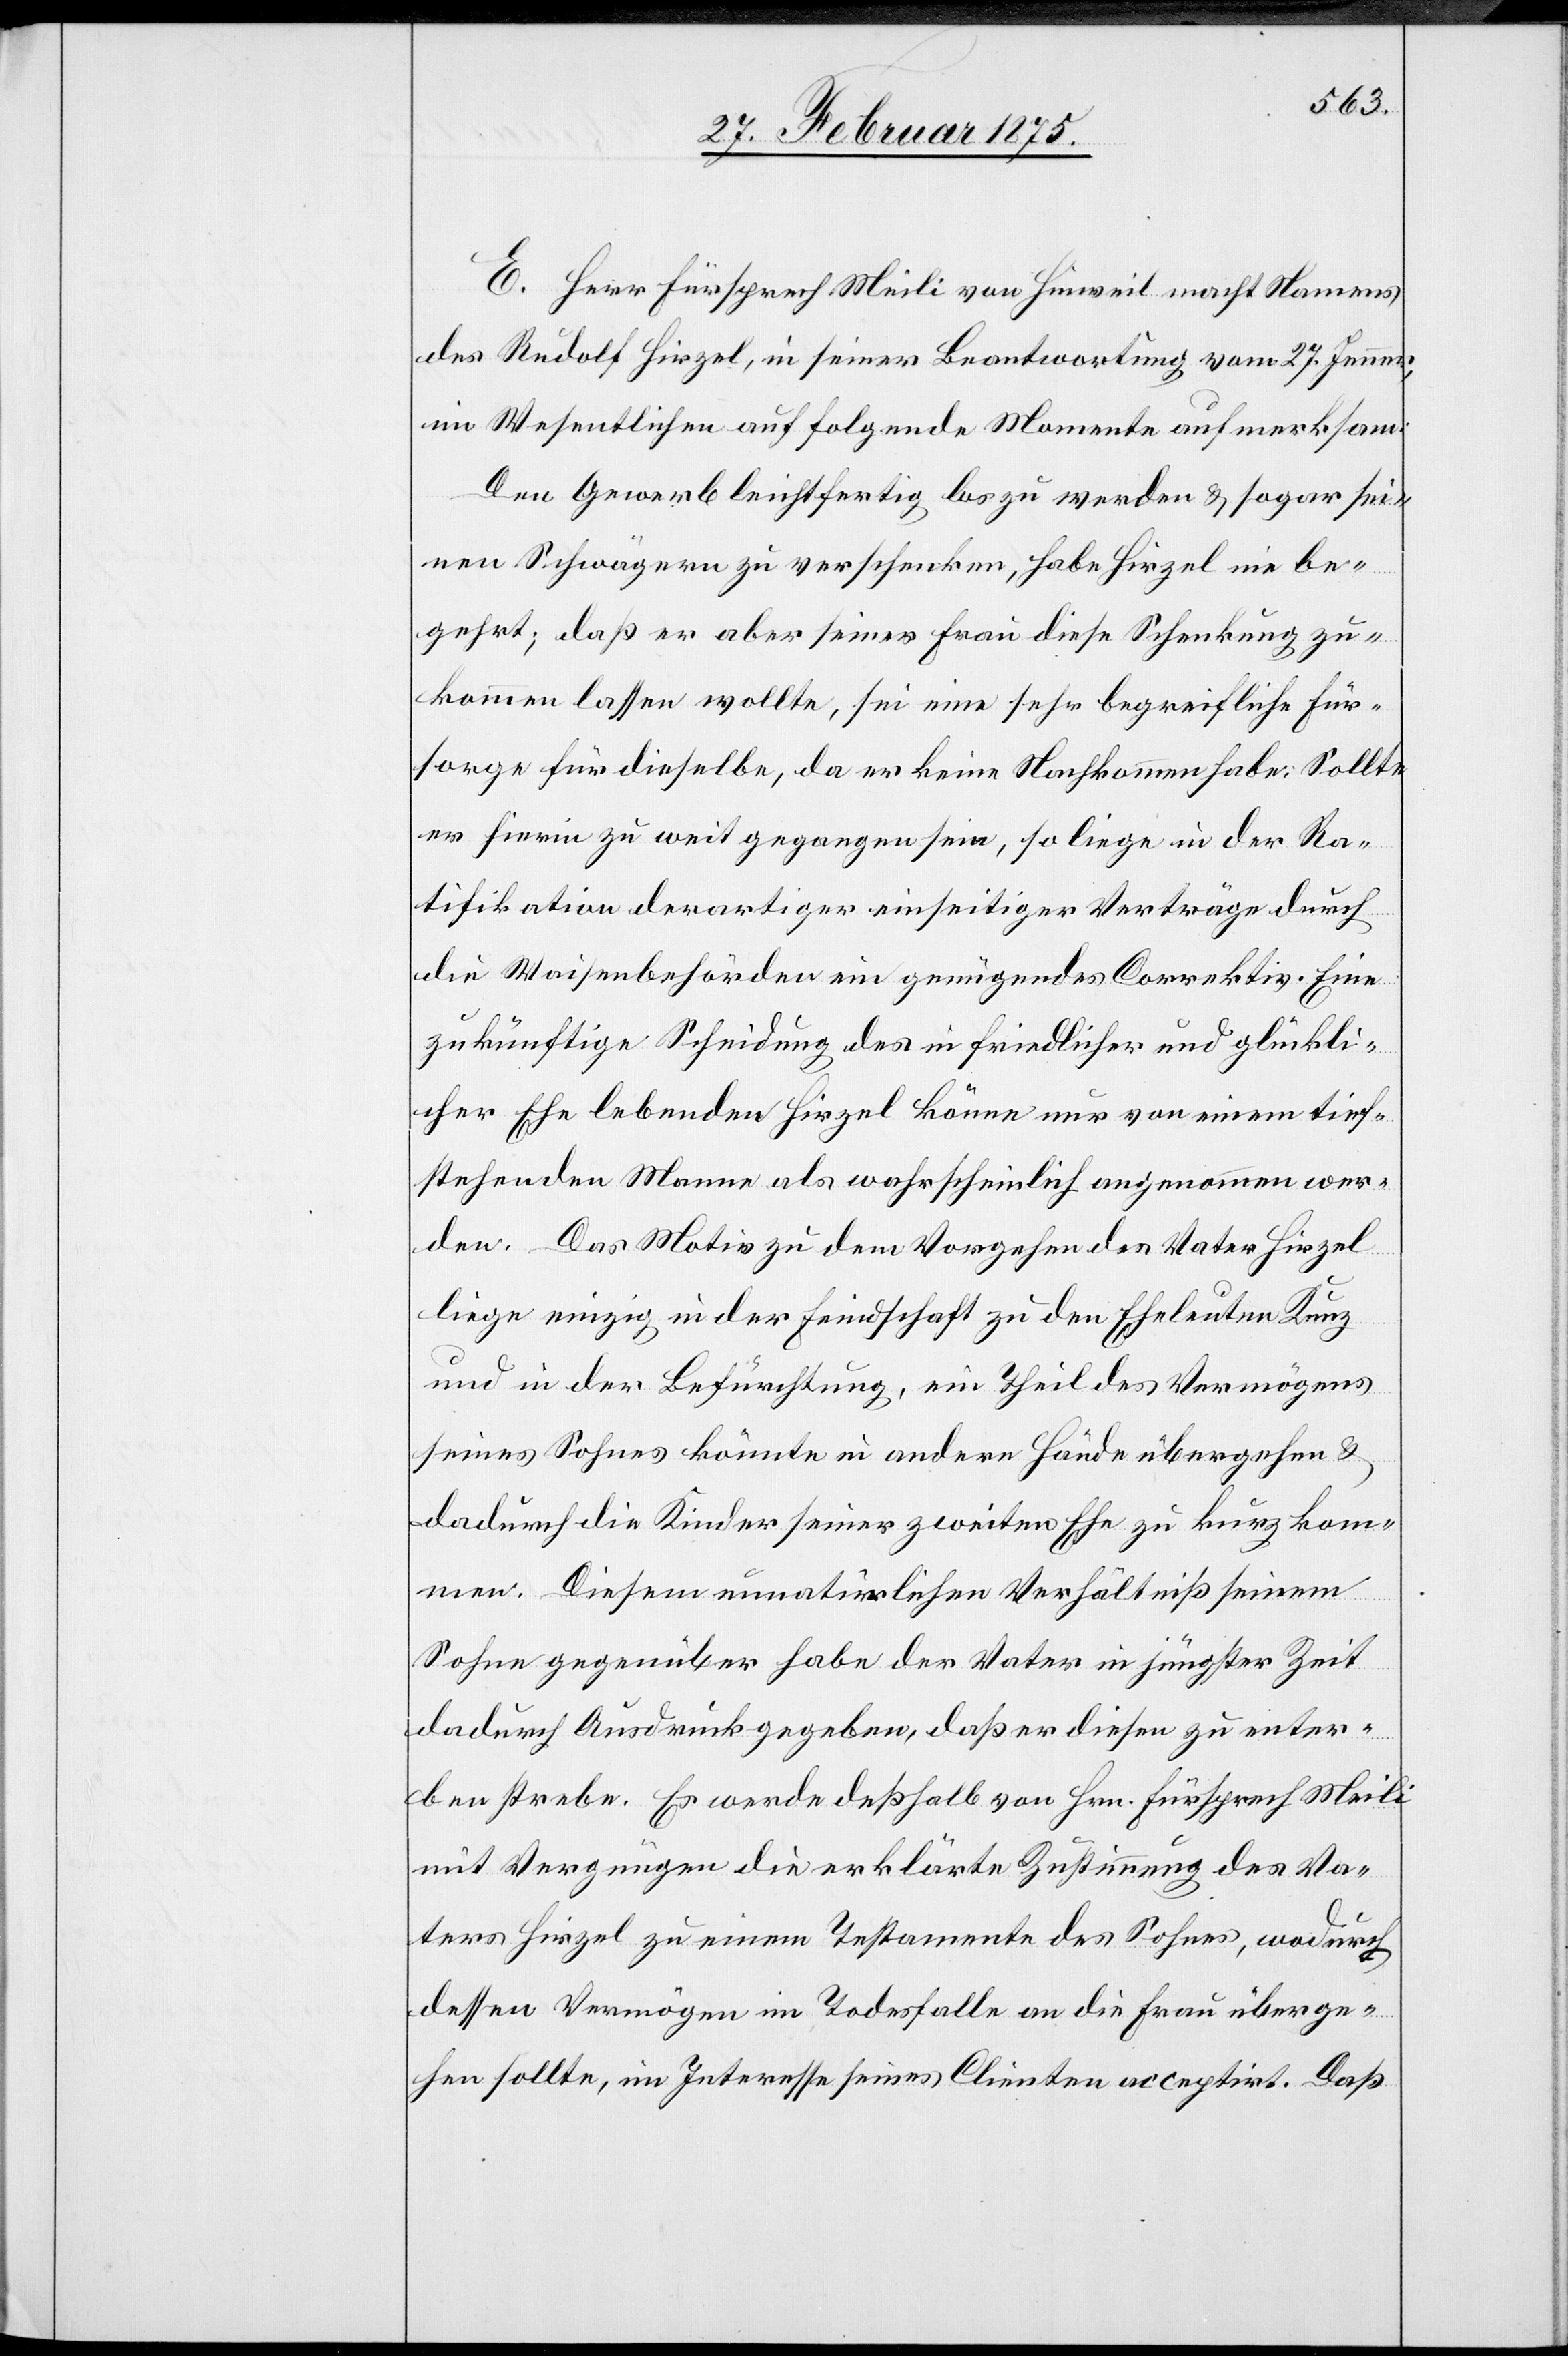
E. Herr Fürsprech Meili von Hinweil macht Namens
des Rudolf Hirzel, in seiner Beantwortung vom 27. Jenner,
im Wesentlichen auf folgende Momente aufmerksam:
Den Gewerb leichtfertig los zu werden u. sogar sei¬
nen Schwägern zu verschenken, habe Hirzel nie be¬
gehrt; daß er aber seiner Frau diese Schenkung zu¬
kommen lassen wollte, sei eine sehr begreifliche Für¬
sorge für dieselbe, da er keine Nachkommen habe. Sollte
er hierin zu weit gegangen sein, so liege in der Ra¬
tifikation derartiger einseitiger Verträge durch
die Waisenbehörden ein genügendes Correktiv. Eine
zukünftige Scheidung des in friedlicher und glückli¬
cher Ehe lebenden Hirzel könne nur von einem tief¬
stehenden Manne als wahrscheinlich angenommen wer¬
den. Das Motiv zu dem Vorgehen des Vater Hirzel
liege einzig in der Feindschaft zu den Eheleuten Kunz
und in der Befürchtung ein Theil des Vermögens
seines Sohnes könnte in andere Hände übergehen u.
dadurch die Kinder seiner zweiten Ehe zu kurz kom¬
men. Diesem unnatürlichen Verhältniß seinem
Sohne gegenüber habe der Vater in jüngster Zeit
dadurch Ausdruck gegeben, daß er diesen zu enter¬
ben strebe. Es werde deßhalb von Hrn. Fürsprech Meili
mit Vergnügen die erklärte Zustimmung des Va¬
ters Hirzel zu einem Testament des Sohnes, wodurch
dessen Vermögen im Todesfalle an die Frau überge¬
hen sollte, im Interesse seines Clienten acceptirt. Daß